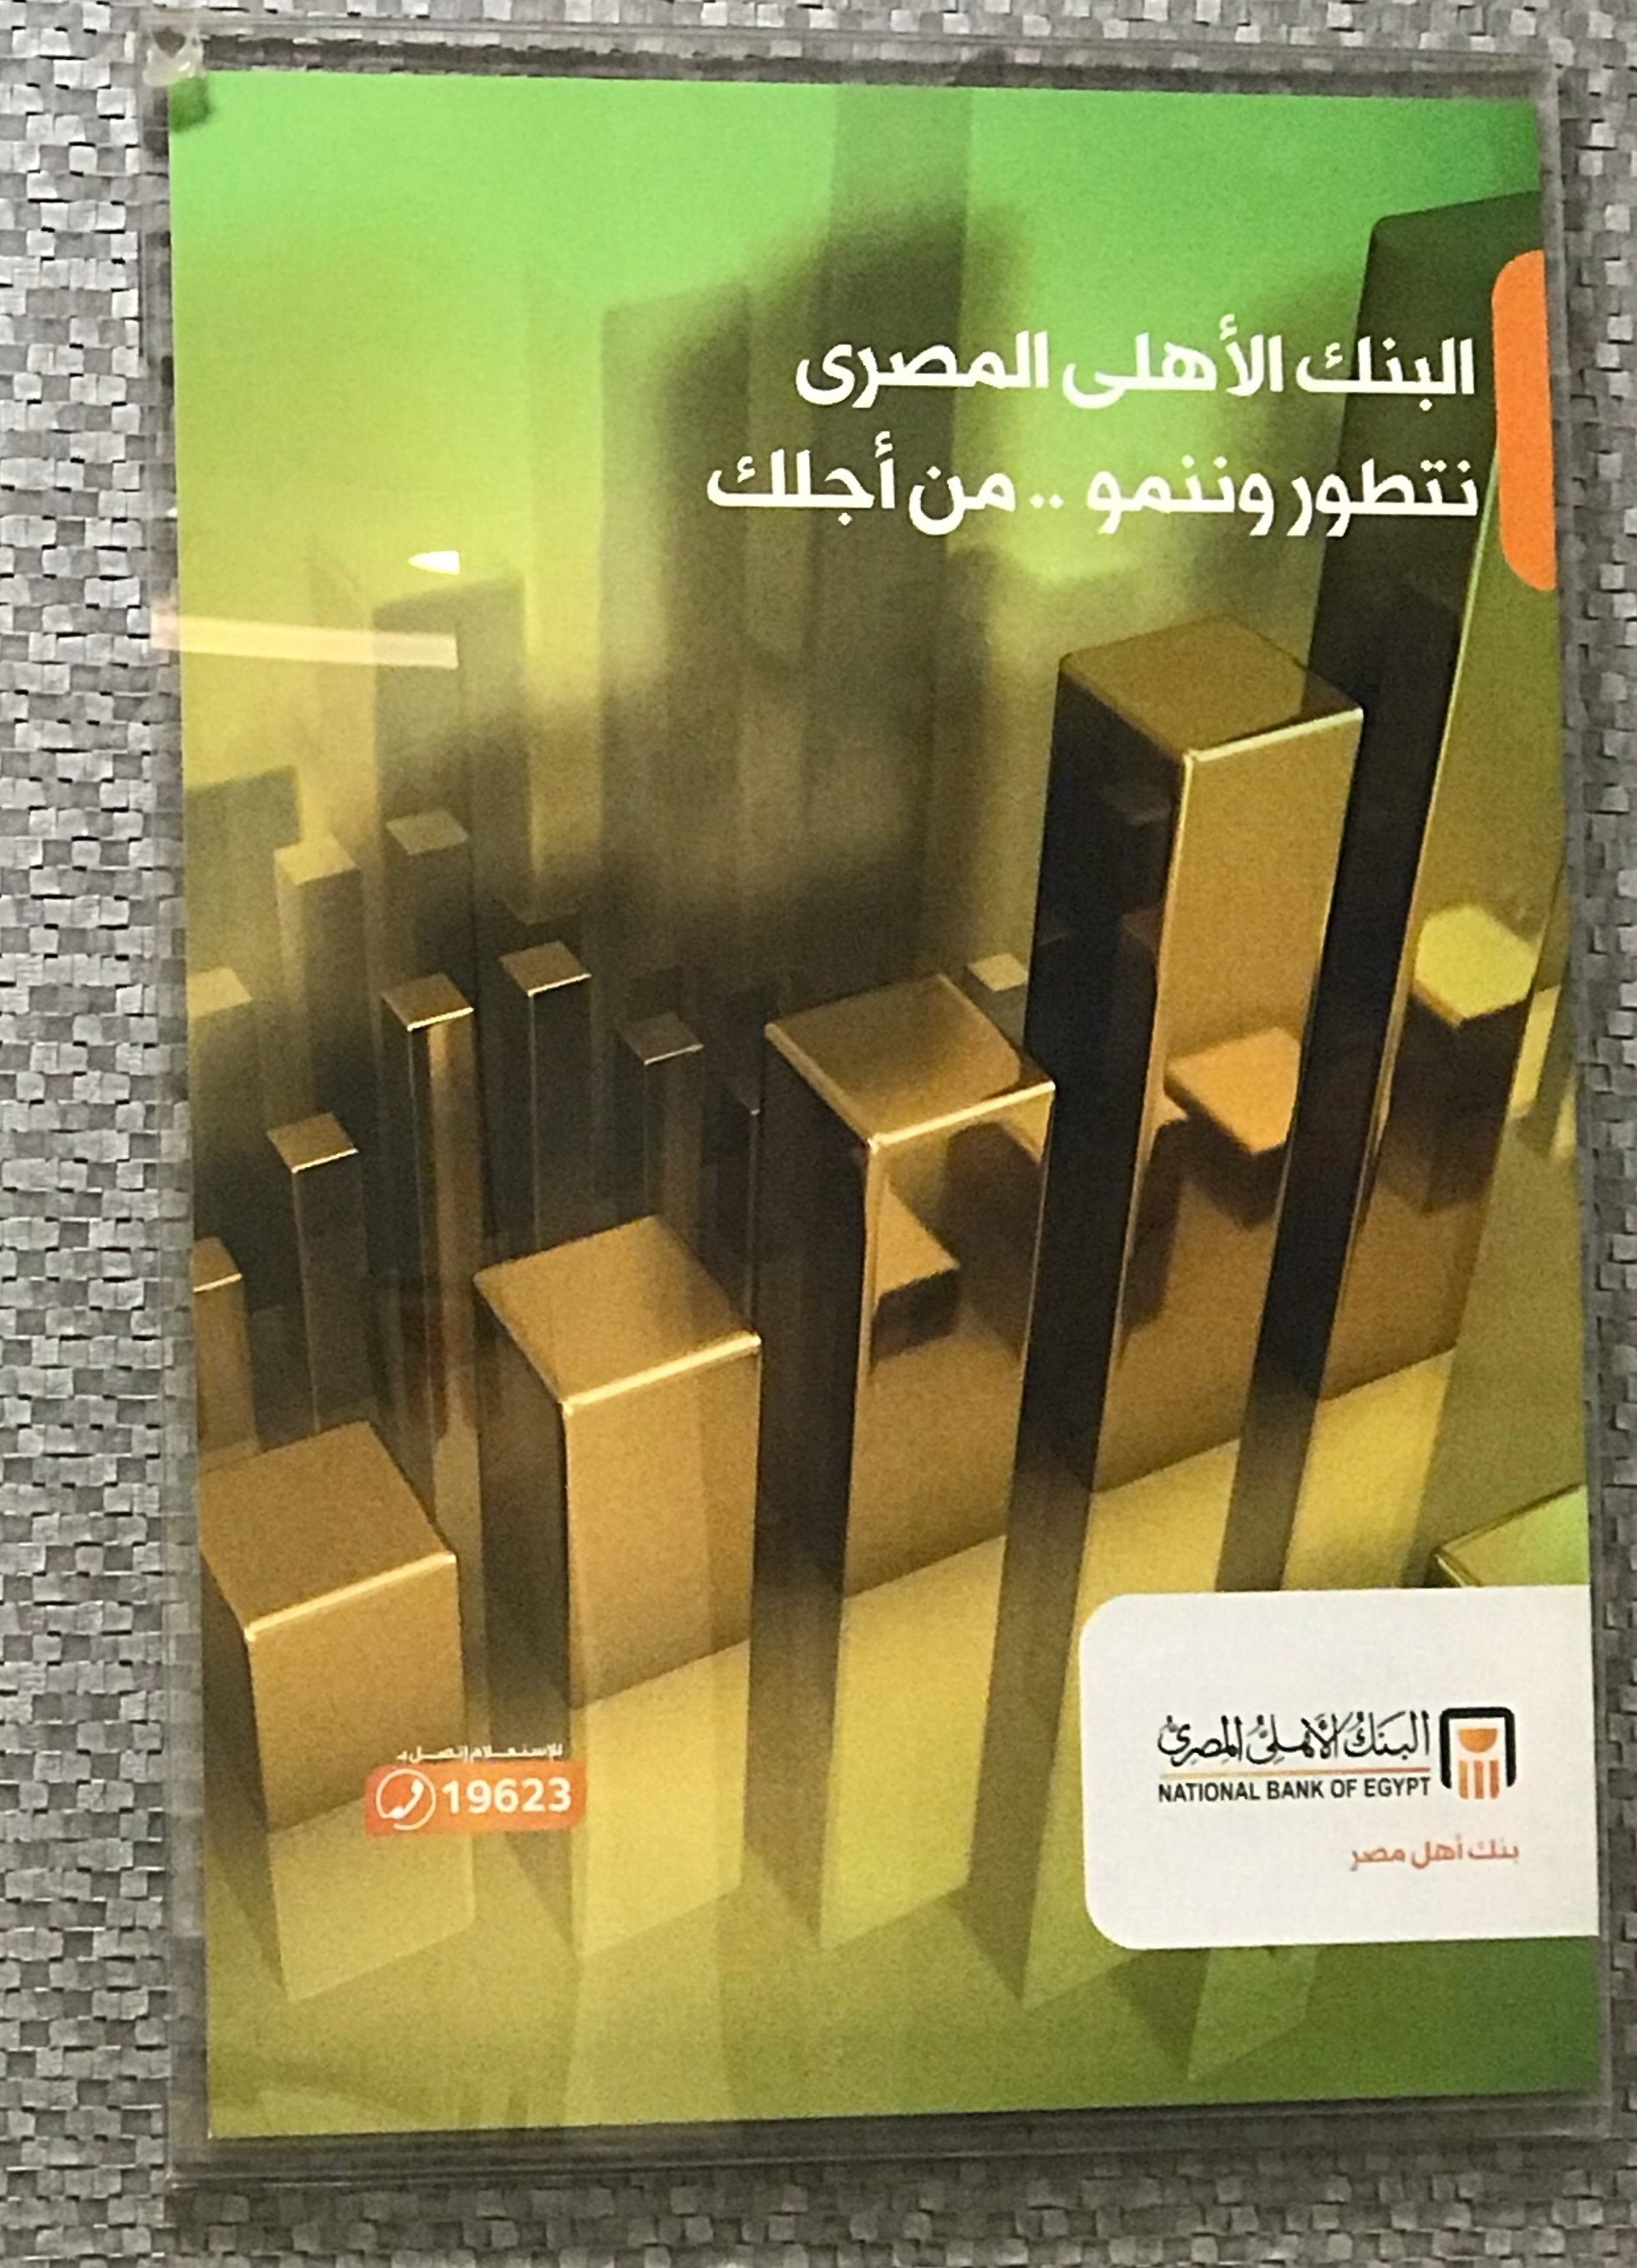
Text in image: الأهلى المصرى البنك أجلك نتطور وننمو من البنك الأهلى المصرى أهل بنك مصر EGYPT OF BANK NATIONAL 19623